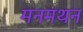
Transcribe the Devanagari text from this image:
मनमथन